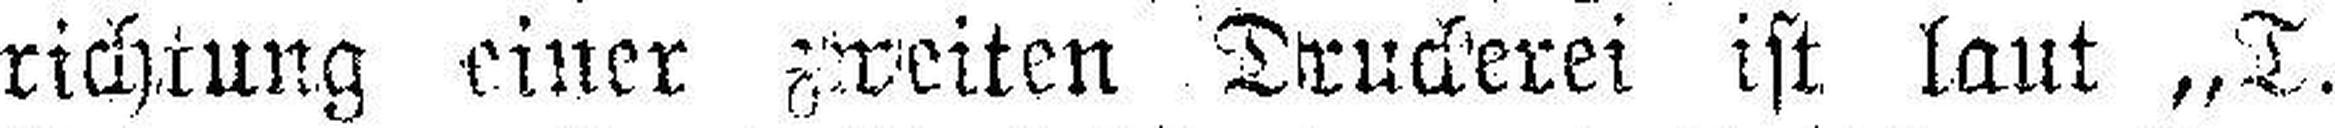
richtung einer zweiten Druckerei ist laut „T.